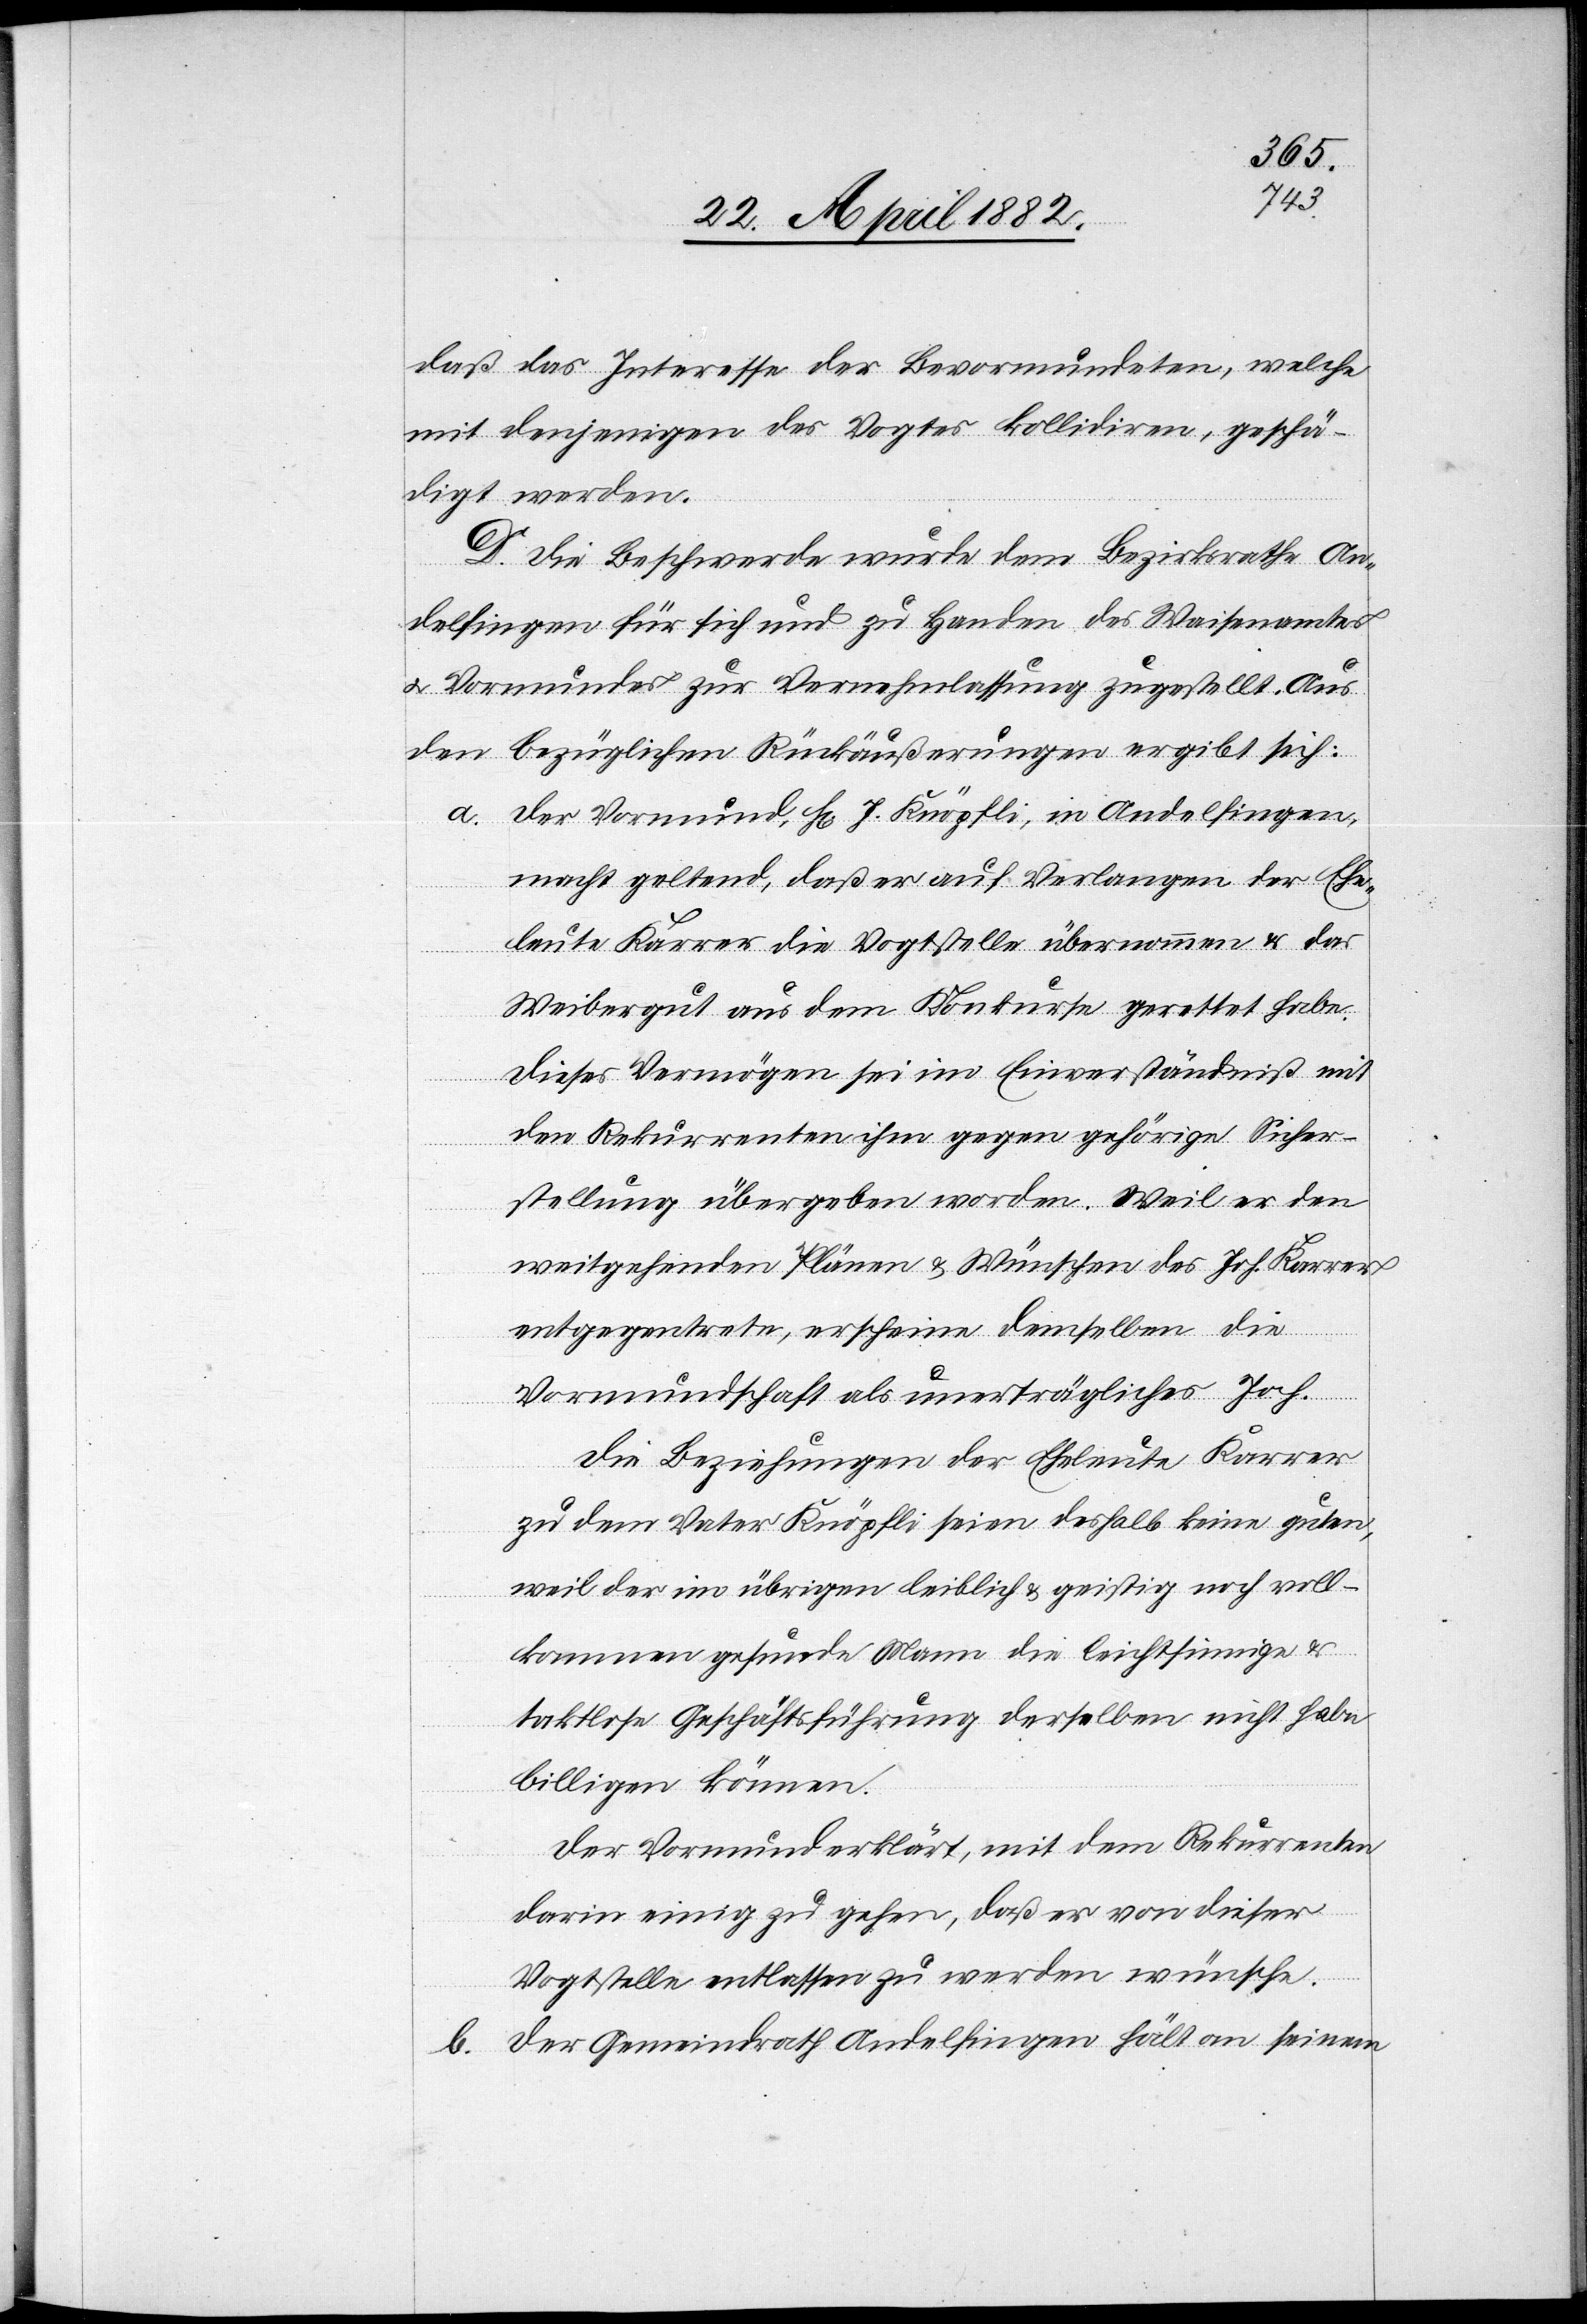
der
mit denjenigen des Vogtes kollidiren, geschä¬
digt werden.
D. Die Beschwerde wurde dem Bezirksrathe An¬
delfingen für sich und zu Handen des Waisenamtes
u. Vormundes zur Vernehmlassung zugestellt. Aus
den bezüglichen Rückäußerungen ergibt sich:
Der Vormund, Hr. J. Knöpfli, in Andelfingen,
macht geltend, daß er auf Verlangen der Ehe¬
leute Karrer die Vogtstelle übernommen & das
Weibergut aus dem Konkurse gerettet habe.
Dieses Vermögen sei im Einverständniß mit
den Rekurrenten ihm gegen gehörige Sicher¬
stellung übergeben worden. Weil er den
weitgehenden Plänen & Wünschen des Joh. Karrer
welche
entgegentrete, erscheine demselben die
Vormundschaft als unerträgliches Joch.
Die Beziehungen der Eheleute Karrer
zu dem Vater Knöpfli seien deshalb keine guten,
weil der im übrigen Leiblich & geistig noch voll¬
kommen gesunde Mann die leichtsinnige
taktlose Geschäftsführung derselben nicht habe
billigen können.
Der Vormund erklärt, mit dem Rekurrenten
darin einig zu gehen, daß er von dieser
Vogtstelle entlassen zu werden wünsche.
b. Der Gemeindrath Andelfingen hält an seinem